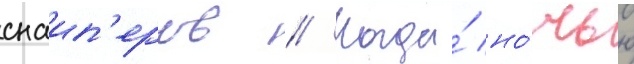
снаип'еров // Когда́ но́чью